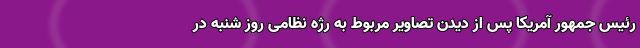
رئیس جمهور آمریکا پس از دیدن تصاویر مربوط به رژه نظامی روز شنبه در